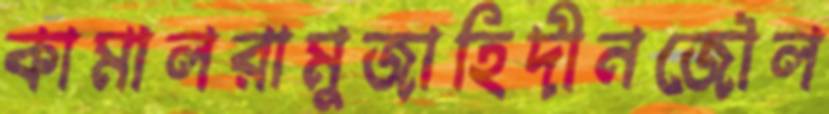
কামালরামুজাহিদীনজৌল